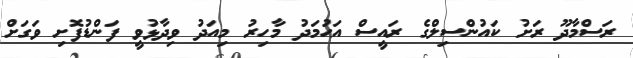
ރަސްމާދޫ ރަށު ކައުންސިލްގެ ރައީސް އަޙުމަދު މާހިރު މިއަދު ވިދާޅުވީ ފަންޑުފޮށި ވަގަށް